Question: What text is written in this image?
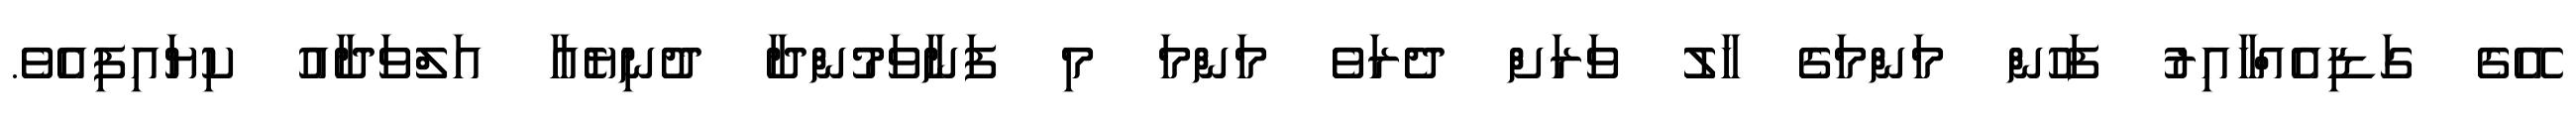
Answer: އޭގެ ގަޑިއެއްހާއިރު ފަހުން މަންމަގެ ހާލު ވަރަށް ދެރަވެ މަންމަ މި ފަނާވަމުންދާ ދުނިޔެއާ އަލްވަދާއު ކިޔައިފިއެވެ.